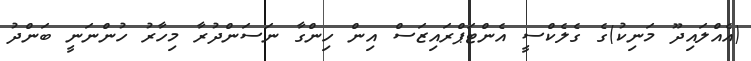
(އެއްލައިދޫ މަނިކު)ގެ ގެލެކްސީ އެންޓަޕްރައިޒަސް އިން ހިންގާ ނަސަންދުރާ މިހާރު ހުންނަނީ ބަންދު